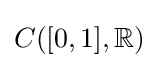
C([0,1],\mathbb {R} )